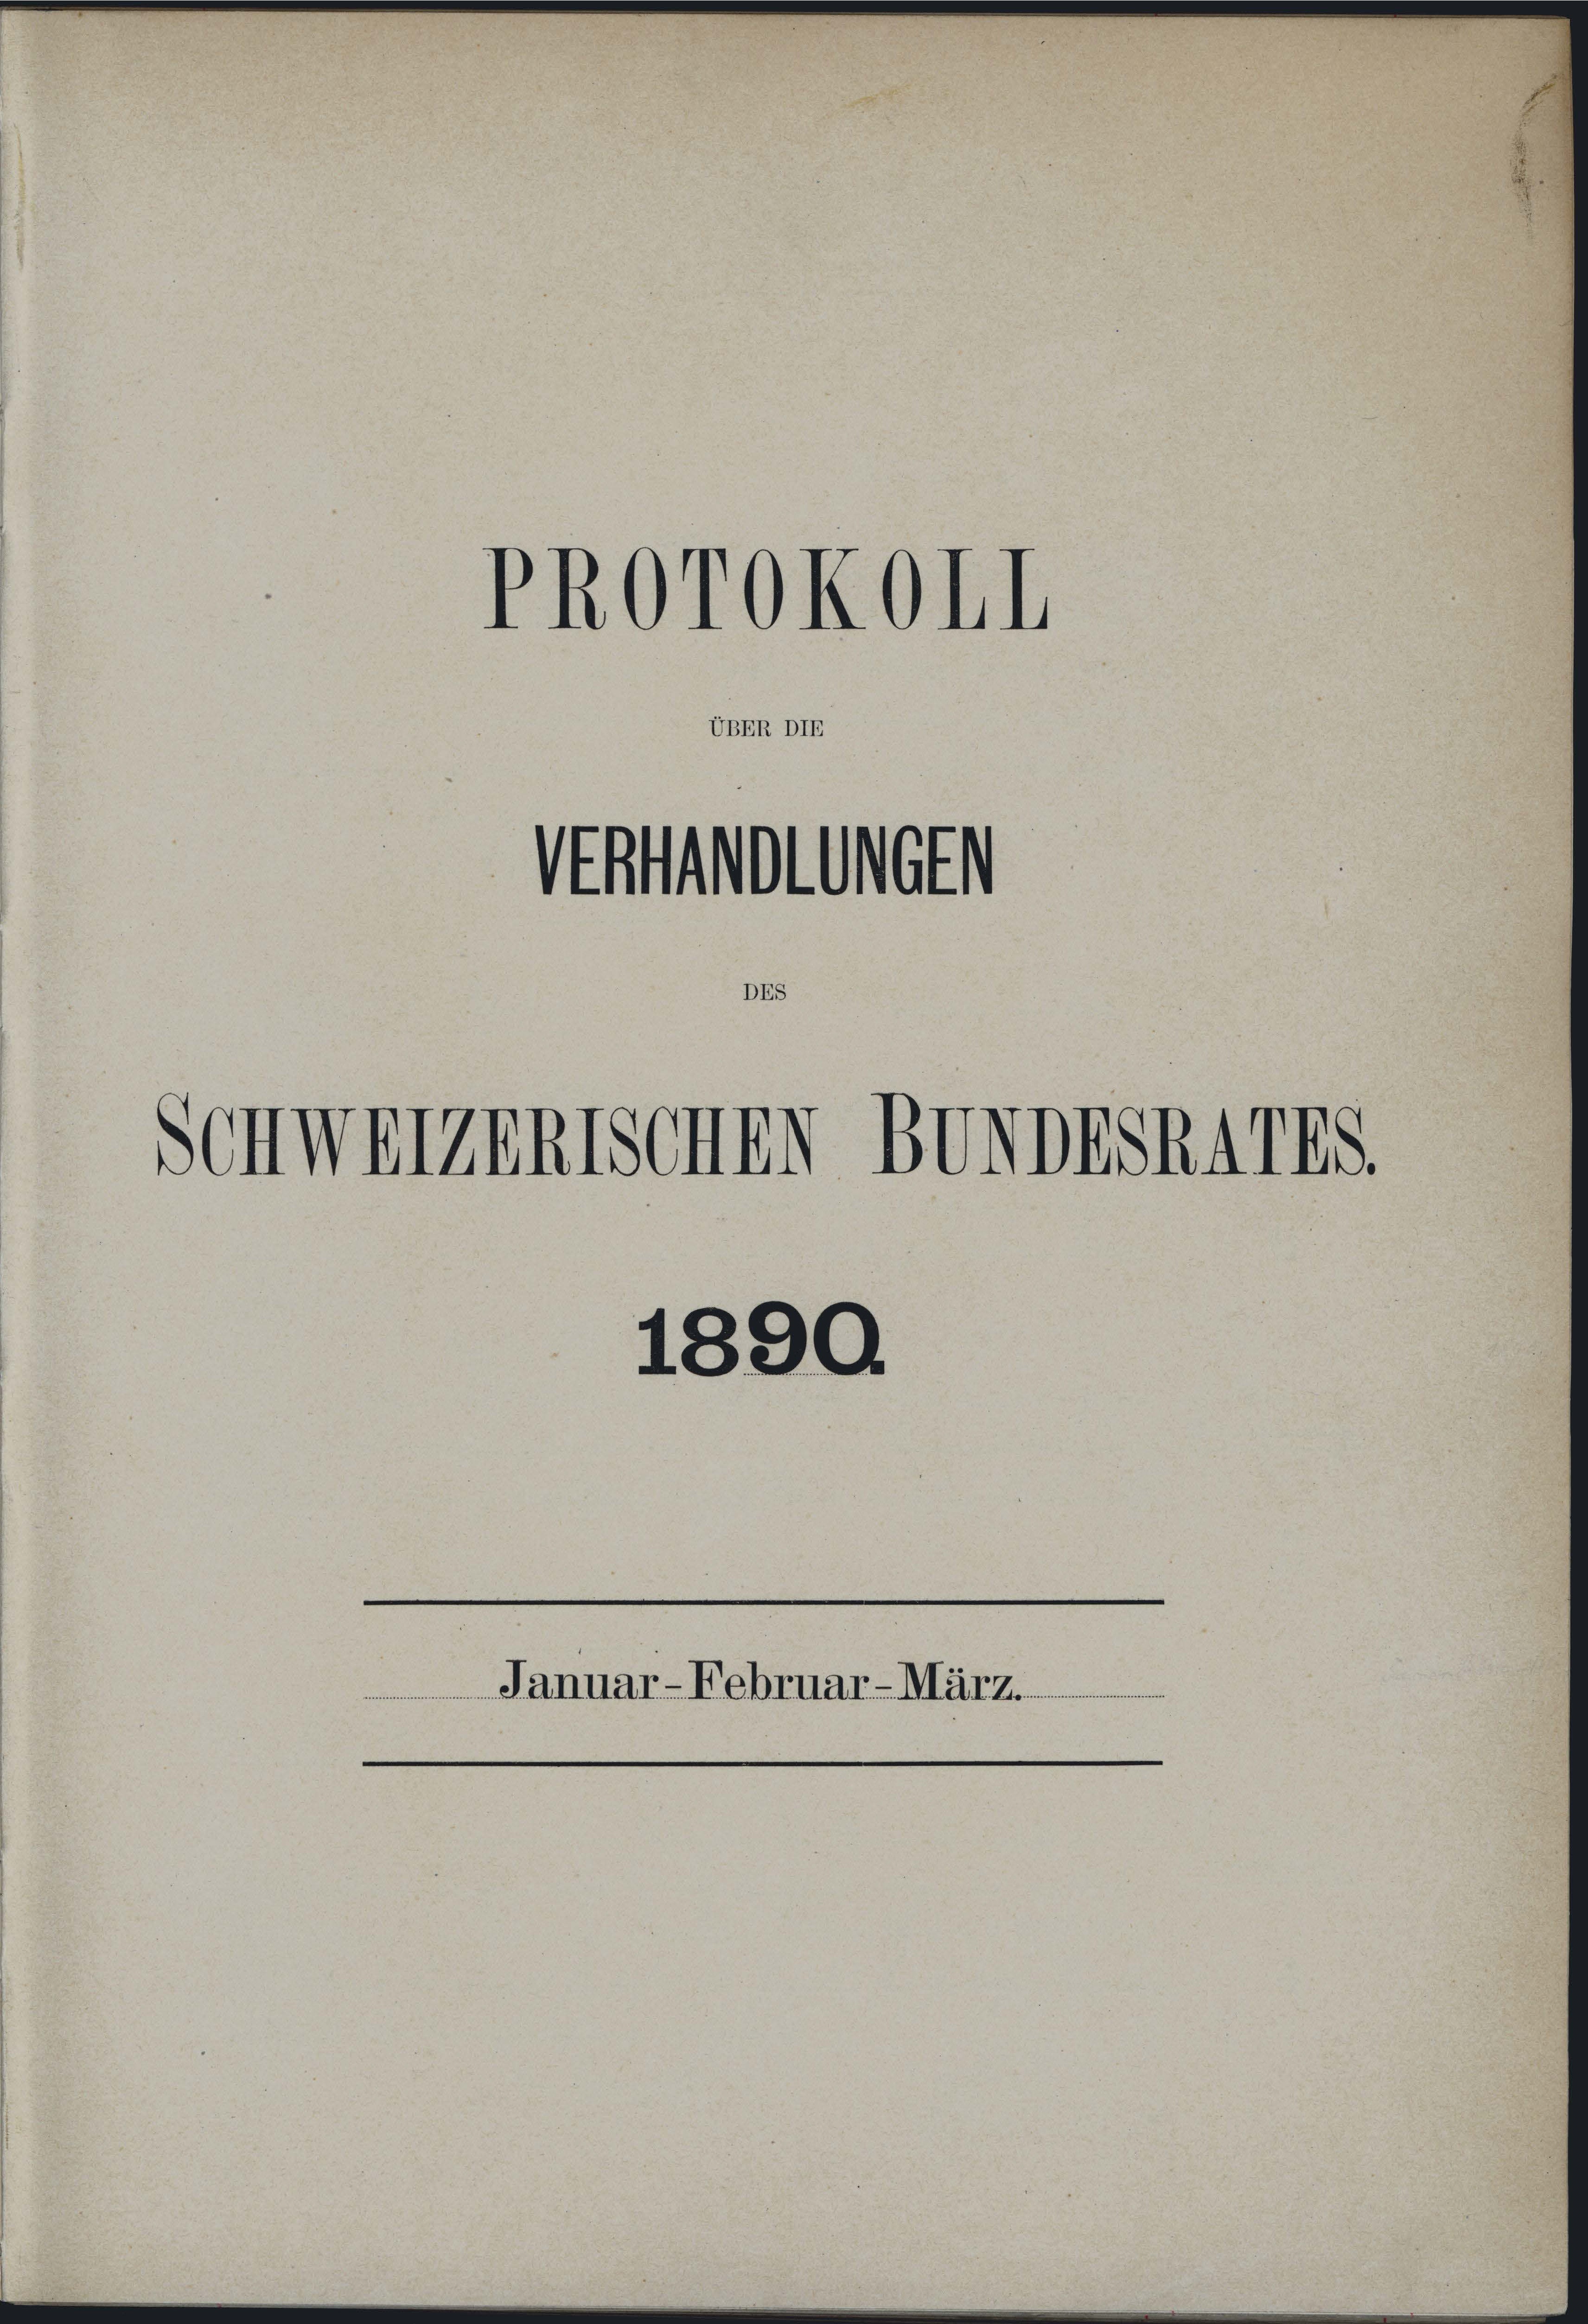
ÜBER DIE

PROTOKOLL

VERHANDLUNGEN
DES
SCHWEIZERISCHEN BUNDESRATES.

1890.
Januar-Februar-März.